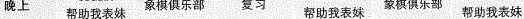
晚上 帮助我表妹 象棋俱乐部,复习 帮助我表妹象棋俱乐部 帮助我表妹